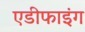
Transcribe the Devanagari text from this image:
एडीफाइंग